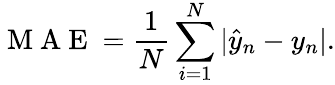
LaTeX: \mathrm{~M~A~E~}=\frac{1}{N}\sum_{i=1}^{N}|\hat{y}_{n}-y_{n}|.